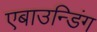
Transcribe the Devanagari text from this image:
एबाउन्डिंग